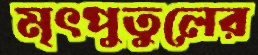
মৃৎপুতুলের